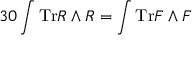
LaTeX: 3 0 \int { \mathrm { T r } R \wedge R } = \int { \mathrm { T r } F \wedge F }